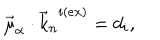
\vec { \mu } _ { \alpha } \cdot { { \vec { k } } _ { n } } ^ { i ( e x ) } = d _ { i } ,